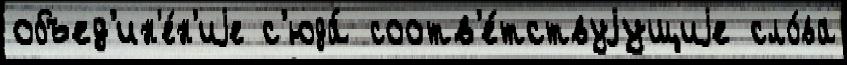
объед'ин'е́н'иjе с'юда́ соотв'е́тствуjущиjе сло́ва